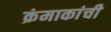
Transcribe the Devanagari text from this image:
क्रंमाकांची